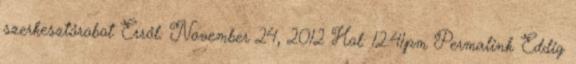
szerkesztőrobot Erről: November 24, 2012 Hol: 12:41pm Permalink Eddig